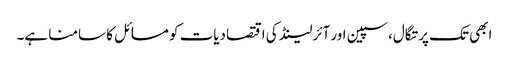
ابھی تک پرتگال، سپین اور آئرلینڈ کی اقتصادیات کو مسائل کا سامنا ہے۔